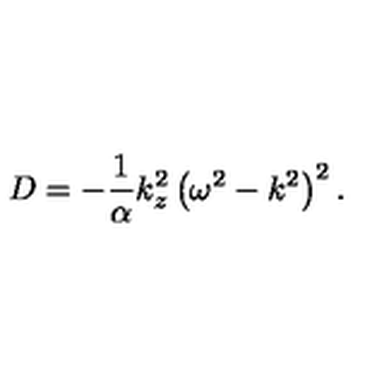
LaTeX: D = - { \frac { 1 } { \alpha } } k _ { z } ^ { 2 } \left( \omega ^ { 2 } - k ^ { 2 } \right) ^ { 2 } .